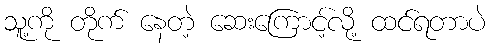
သူ့ကို တိုက် နေတဲ့ ဆေးကြောင့်လို့ ထင်ရတာပဲ